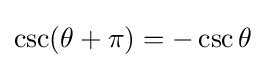
\csc(\theta +\pi )=-\csc \theta